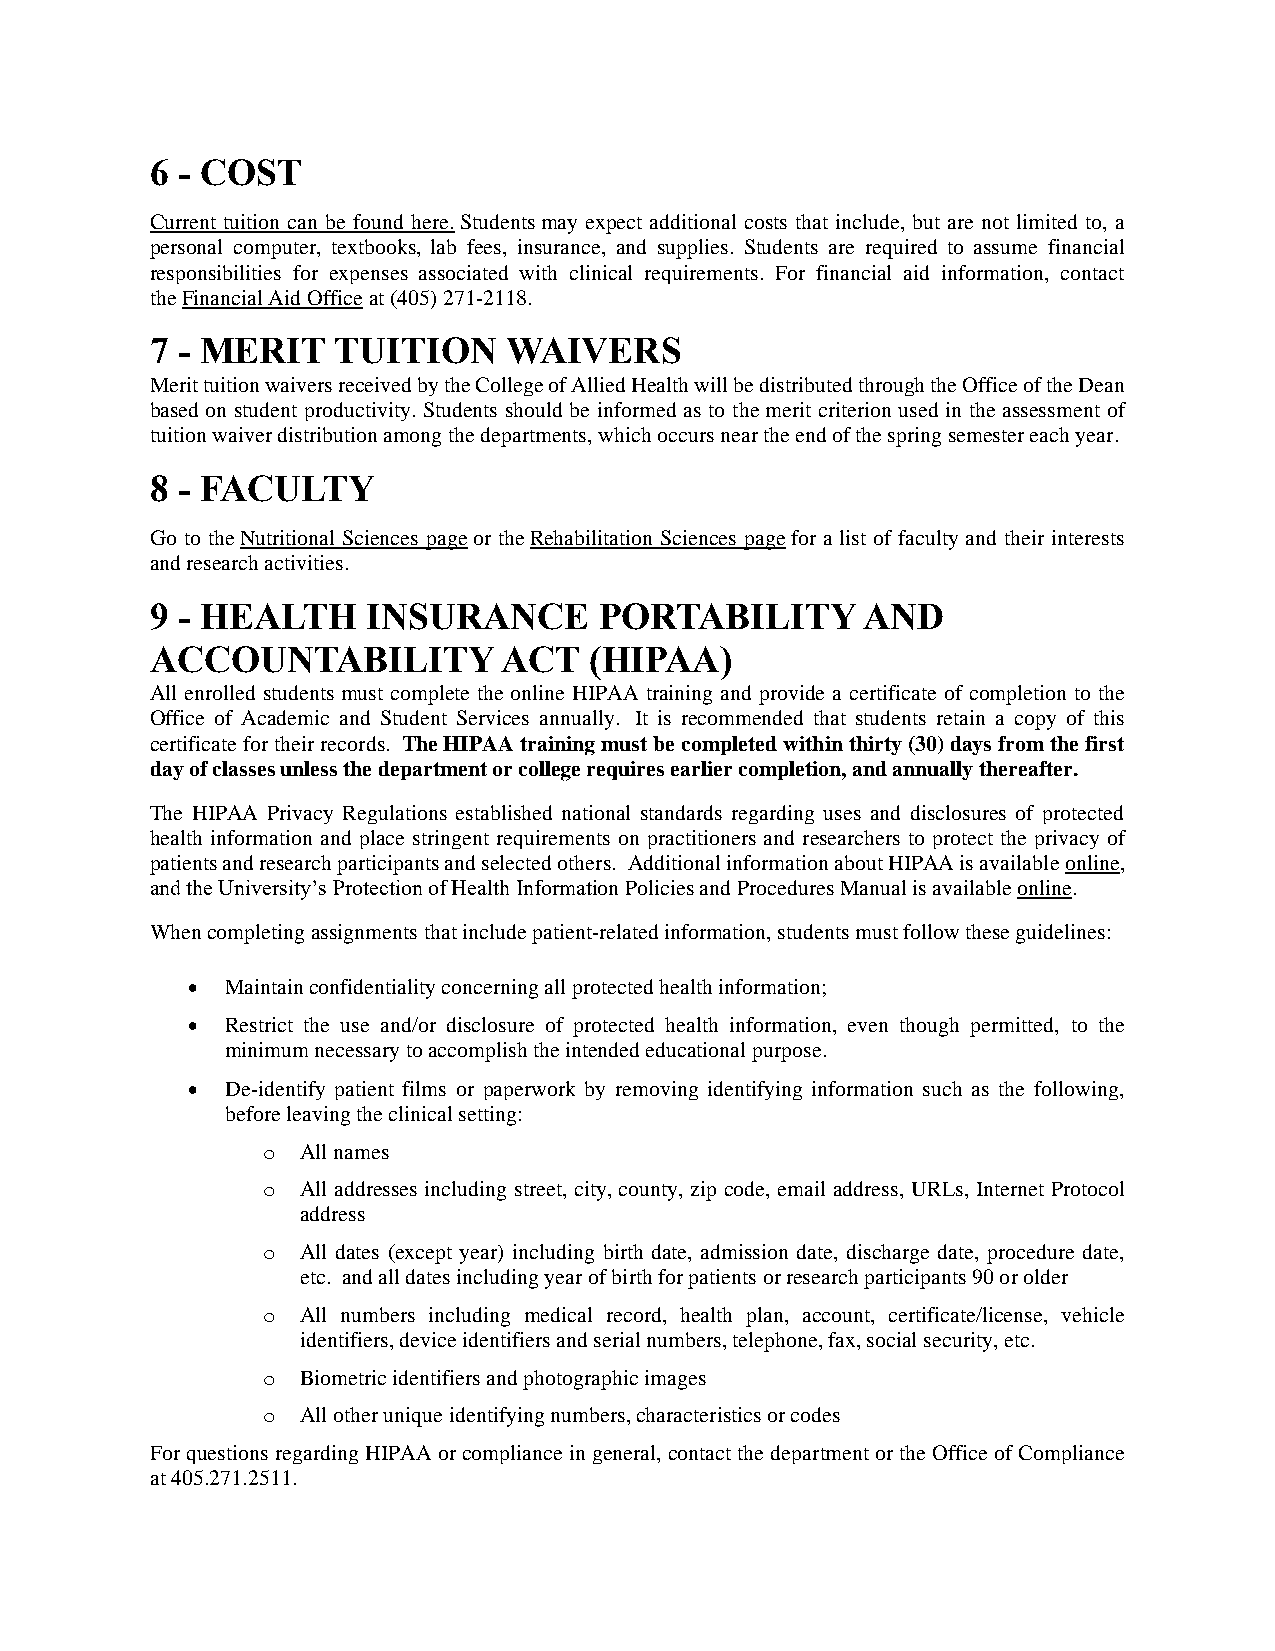
6 - COST
 Current tuition can be found here. Students may expect additional costs that include, but are not limited to, a
 personal computer, textbooks, lab fees, insurance, and supplies. Students are required to assume financial
 responsibilities for expenses associated with clinical requirements. For financial aid information, contact
 the Financial Aid Office at (405) 271-2118.
 7 - MERIT   TUITION     WAIVERS
 Merit tuition waivers received by the College of Allied Health will be distributed through the Office of the Dean
 based on student productivity. Students should be informed as to the merit criterion used in the assessment of
 tuition waiver distribution among the departments, which occurs near the end of the spring semester each year.
 8 - FACULTY
 Go to the Nutritional Sciences page or the Rehabilitation Sciences page for a list of faculty and their interests
 and research activities.
 9 - HEALTH    INSURANCE       PORTABILITY      AND
 ACCOUNTABILITY         ACT   (HIPAA)
 All enrolled students must complete the online HIPAA training and provide a certificate of completion to the
 Office of Academic and Student Services annually. It is recommended that students retain a copy of this
 certificate for their records. The HIPAA training must be completed within thirty (30) days from the first
 day of classes unless the department or college requires earlier completion, and annually thereafter.
 The HIPAA Privacy Regulations established national standards regarding uses and disclosures of protected
 health information and place stringent requirements on practitioners and researchers to protect the privacy of
 patients and research participants and selected others. Additional information about HIPAA is available online,
 and the University’s Protection of Health Information Policies and Procedures Manual is available online.
 When completing assignments that include patient-related information, students must follow these guidelines:
 •  Maintain confidentiality concerning all protected health information;
 •  Restrict the use and/or disclosure of protected health information, even though permitted, to the
 minimum necessary to accomplish the intended educational purpose.
 •  De-identify patient films or paperwork by removing identifying information such as the following,
 before leaving the clinical setting:
 o  All names
 o  All addresses including street, city, county, zip code, email address, URLs, Internet Protocol
 address
 o  All dates (except year) including birth date, admission date, discharge date, procedure date,
 etc. and all dates including year of birth for patients or research participants 90 or older
 o  All numbers including medical record, health plan, account, certificate/license, vehicle
 identifiers, device identifiers and serial numbers, telephone, fax, social security, etc.
 o  Biometric identifiers and photographic images
 o  All other unique identifying numbers, characteristics or codes
 For questions regarding HIPAA or compliance in general, contact the department or the Office of Compliance
 at 405.271.2511.